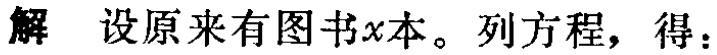
解 设原来有图书\(x\)本。列方程，得：